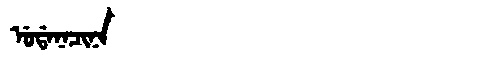
Manchu: ᡠᡩᠠᠨᠠᠴᡳᠨᠠ
Romanization: UDANACINA